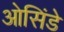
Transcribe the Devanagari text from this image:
ओसिंडे